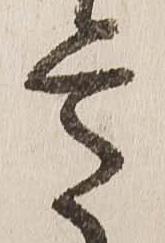
意